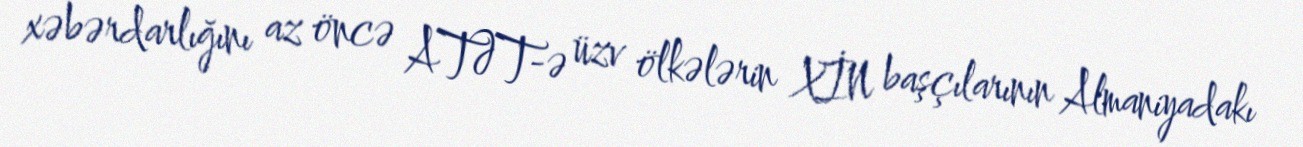
xəbərdarlığını az öncə ATƏT-ə üzv ölkələrin XİN başçılarının Almaniyadakı